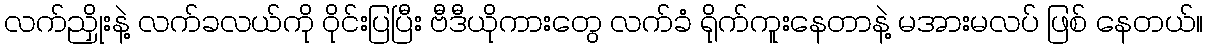
လက်ညှိုးနဲ့ လက်ခလယ်ကို ဝိုင်းပြပြီး ဗီဒီယိုကားတွေ လက်ခံ ရိုက်ကူးနေတာနဲ့ မအားမလပ် ဖြစ် နေတယ်။